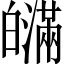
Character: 𤾯